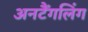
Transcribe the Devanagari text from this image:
अनटैंगलिंग